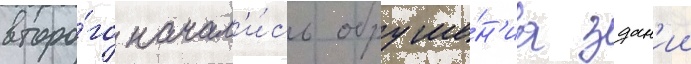
второ́го начал'и́сь обруше́н'иа здан'ии